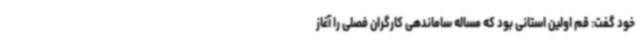
خود گفت: قم اولین استانی بود که مساله ساماندهی کارگران فصلی را آغاز